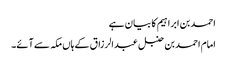
احمد بن ابراہیم کا بیان ہے
امام احمد بن حنبل عبدالرزاق کے ہاں مکہ سے آئے۔